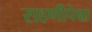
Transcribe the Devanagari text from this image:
राहणीपेक्षा